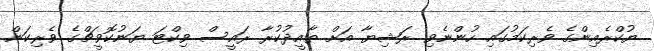
ޔުކްރެއިންގެ ވެރިކަމުގައި ހުންނެވި ރަޝިޔާ އަށް ތާއީދުކުރާ ރައީސް ވިކްޓަ ޔަނުކޮވީޗްގެ ވެރިކަން